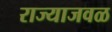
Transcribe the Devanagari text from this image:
राज्याजवळ